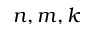
n , m , k